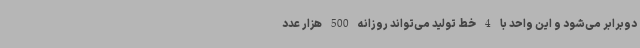
دوبرابر می‌شود و این واحد با 4 خط تولید می‌تواند روزانه 500 هزار عدد